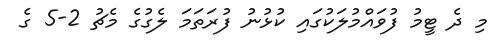
މި ދެ ޓީމު ފުވައްމުލަކުގައި ކުޅުނު ފުރަތަމަ ލެގުގެ މެޗު 2-5 ގެ